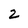
Character: 2